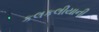
કલકલીયાની